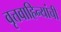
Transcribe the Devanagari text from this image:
वृत्तवाहिन्यांची